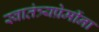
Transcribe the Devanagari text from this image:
स्वातंत्र्यप्रेमींना